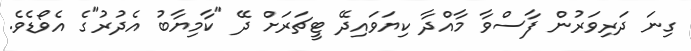
ގިނަ ދަރިވަރުން ފާސްވާ މާއްދާ ކިޔަވައިދޭ ޓީޗަރަށް ދޭ "ކާމިޔާބު އެދުރު"ގެ އެވޯޑެވެ.